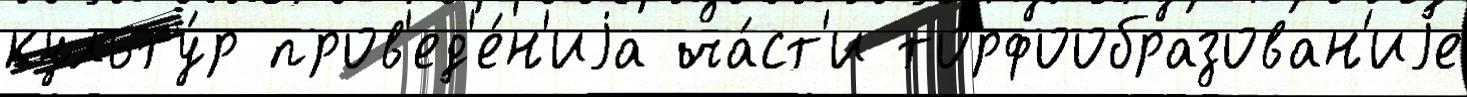
культу́р пров'ед'е́н'иjа ча́ст'и торфообразован'иjе